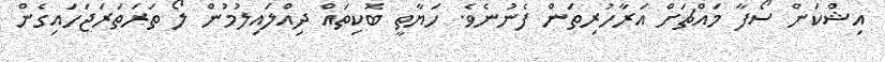
އިޝްކަން ސޯފާ މައްޗަށް އަރާހުރިތަން ފެނުނެވެ. ހަޔާތީ ބޮކިތައް ދިއްލައިލުމުން ލޯ ތަރަތަރަޖަހައިގެން